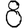
Digit: 8